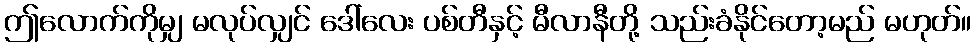
ဤလောက်ကိုမျှ မလုပ်လျှင် ဒေါ်လေး ပစ်တီနှင့် မီလာနီတို့ သည်းခံနိုင်တော့မည် မဟုတ်။